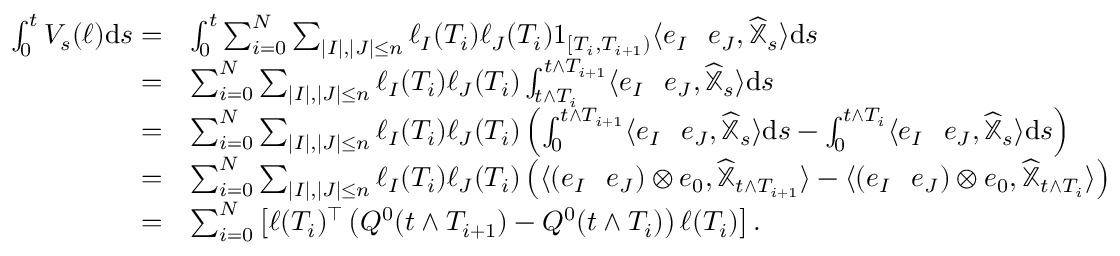
\begin{array} { r l } { \int _ { 0 } ^ { t } V _ { s } ( \ell ) { \mathrm { d } } s = } & { \int _ { 0 } ^ { t } \sum _ { i = 0 } ^ { N } \sum _ { | I | , | J | \leq n } \ell _ { I } ( T _ { i } ) \ell _ { J } ( T _ { i } ) 1 _ { [ T _ { i } , T _ { i + 1 } ) } \langle e _ { I } \shuffle e _ { J } , \widehat { \mathbb { X } } _ { s } \rangle { \mathrm { d } } s } \\ { = } & { \sum _ { i = 0 } ^ { N } \sum _ { | I | , | J | \leq n } \ell _ { I } ( T _ { i } ) \ell _ { J } ( T _ { i } ) \int _ { t \land T _ { i } } ^ { t \land T _ { i + 1 } } \langle e _ { I } \shuffle e _ { J } , \widehat { \mathbb { X } } _ { s } \rangle { \mathrm { d } } s } \\ { = } & { \sum _ { i = 0 } ^ { N } \sum _ { | I | , | J | \leq n } \ell _ { I } ( T _ { i } ) \ell _ { J } ( T _ { i } ) \left( \int _ { 0 } ^ { t \land T _ { i + 1 } } \langle e _ { I } \shuffle e _ { J } , \widehat { \mathbb { X } } _ { s } \rangle { \mathrm { d } } s - \int _ { 0 } ^ { t \land T _ { i } } \langle e _ { I } \shuffle e _ { J } , \widehat { \mathbb { X } } _ { s } \rangle { \mathrm { d } } s \right) } \\ { = } & { \sum _ { i = 0 } ^ { N } \sum _ { | I | , | J | \leq n } \ell _ { I } ( T _ { i } ) \ell _ { J } ( T _ { i } ) \left( \langle ( e _ { I } \shuffle e _ { J } ) \otimes e _ { 0 } , \widehat { \mathbb { X } } _ { t \land T _ { i + 1 } } \rangle - \langle ( e _ { I } \shuffle e _ { J } ) \otimes e _ { 0 } , \widehat { \mathbb { X } } _ { t \land T _ { i } } \rangle \right) } \\ { = } & { \sum _ { i = 0 } ^ { N } \left[ \ell ( T _ { i } ) ^ { \top } \left( Q ^ { 0 } ( t \land T _ { i + 1 } ) - Q ^ { 0 } ( t \land T _ { i } ) \right) \ell ( T _ { i } ) \right] . } \end{array}